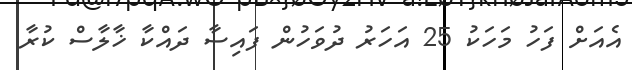
އެއަށް ފަހު މަހަކު 25 އަހަރު ދުވަހުން ފައިސާ ދައްކާ ޚާލާސް ކުރާ